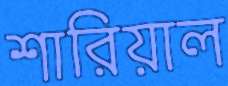
শারিয়াল